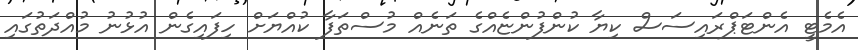
އެމެޓީ އެންޓަޕްރައިސަސް ކިޔާ ކުންފުންޏެއްގެ ތަނެއް މުސްތަފާ ކުއްޔަށް ހިފައިގެން އުޅުނު މުއްދަތުގައި